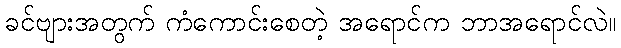
ခင်ဗျားအတွက် ကံကောင်းစေတဲ့ အရောင်က ဘာအရောင်လဲ။